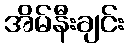
အိမ်နီးချင်း